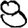
Digit: 8